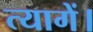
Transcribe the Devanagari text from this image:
त्यागें।